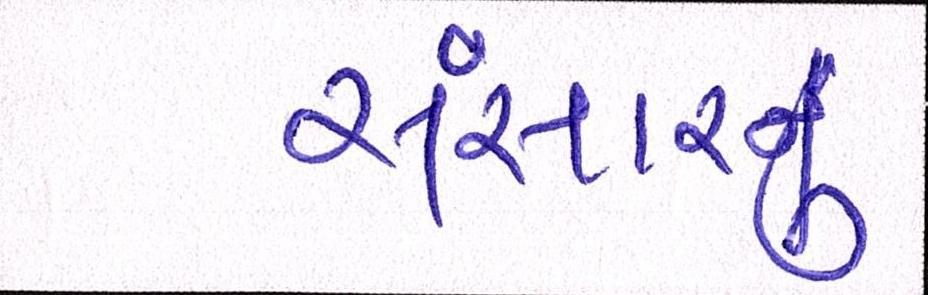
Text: સંસારનું